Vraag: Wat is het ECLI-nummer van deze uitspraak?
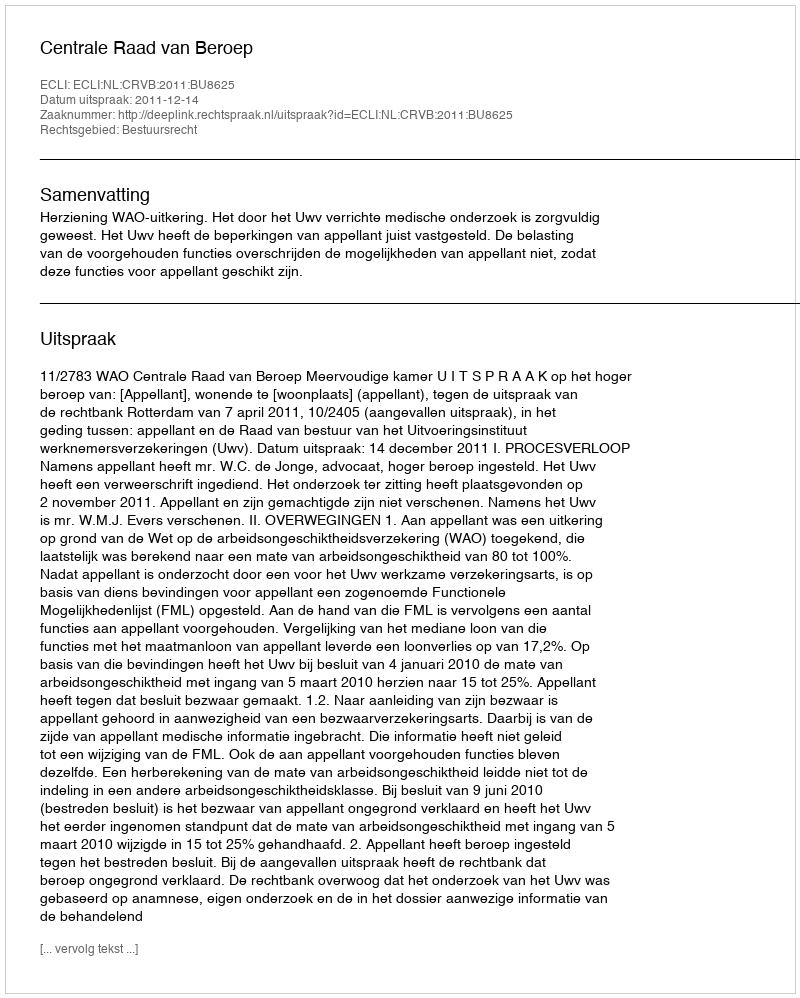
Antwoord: ECLI:NL:CRVB:2011:BU8625